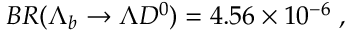
B R ( \Lambda _ { b } \to \Lambda D ^ { 0 } ) = 4 . 5 6 \times 1 0 ^ { - 6 } \; ,